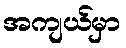
အကျယ်မှာ